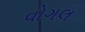
વોગલ